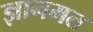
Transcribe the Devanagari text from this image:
ज्ञानमत